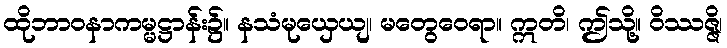
ထိုဘာဝနာကမ္မဋ္ဌာန်း၌။ နသံမုယှေယျ၊ မတွေဝေရာ။ ဣတိ၊ ဤသို့။ ဝိဿဇ္ဇိ၊